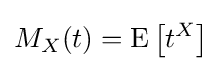
M_{X}(t)=\operatorname {E} {\bigl [}t^{X}{\bigr ]}